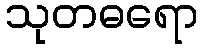
သုတဓရော